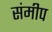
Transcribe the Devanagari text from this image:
संमीप